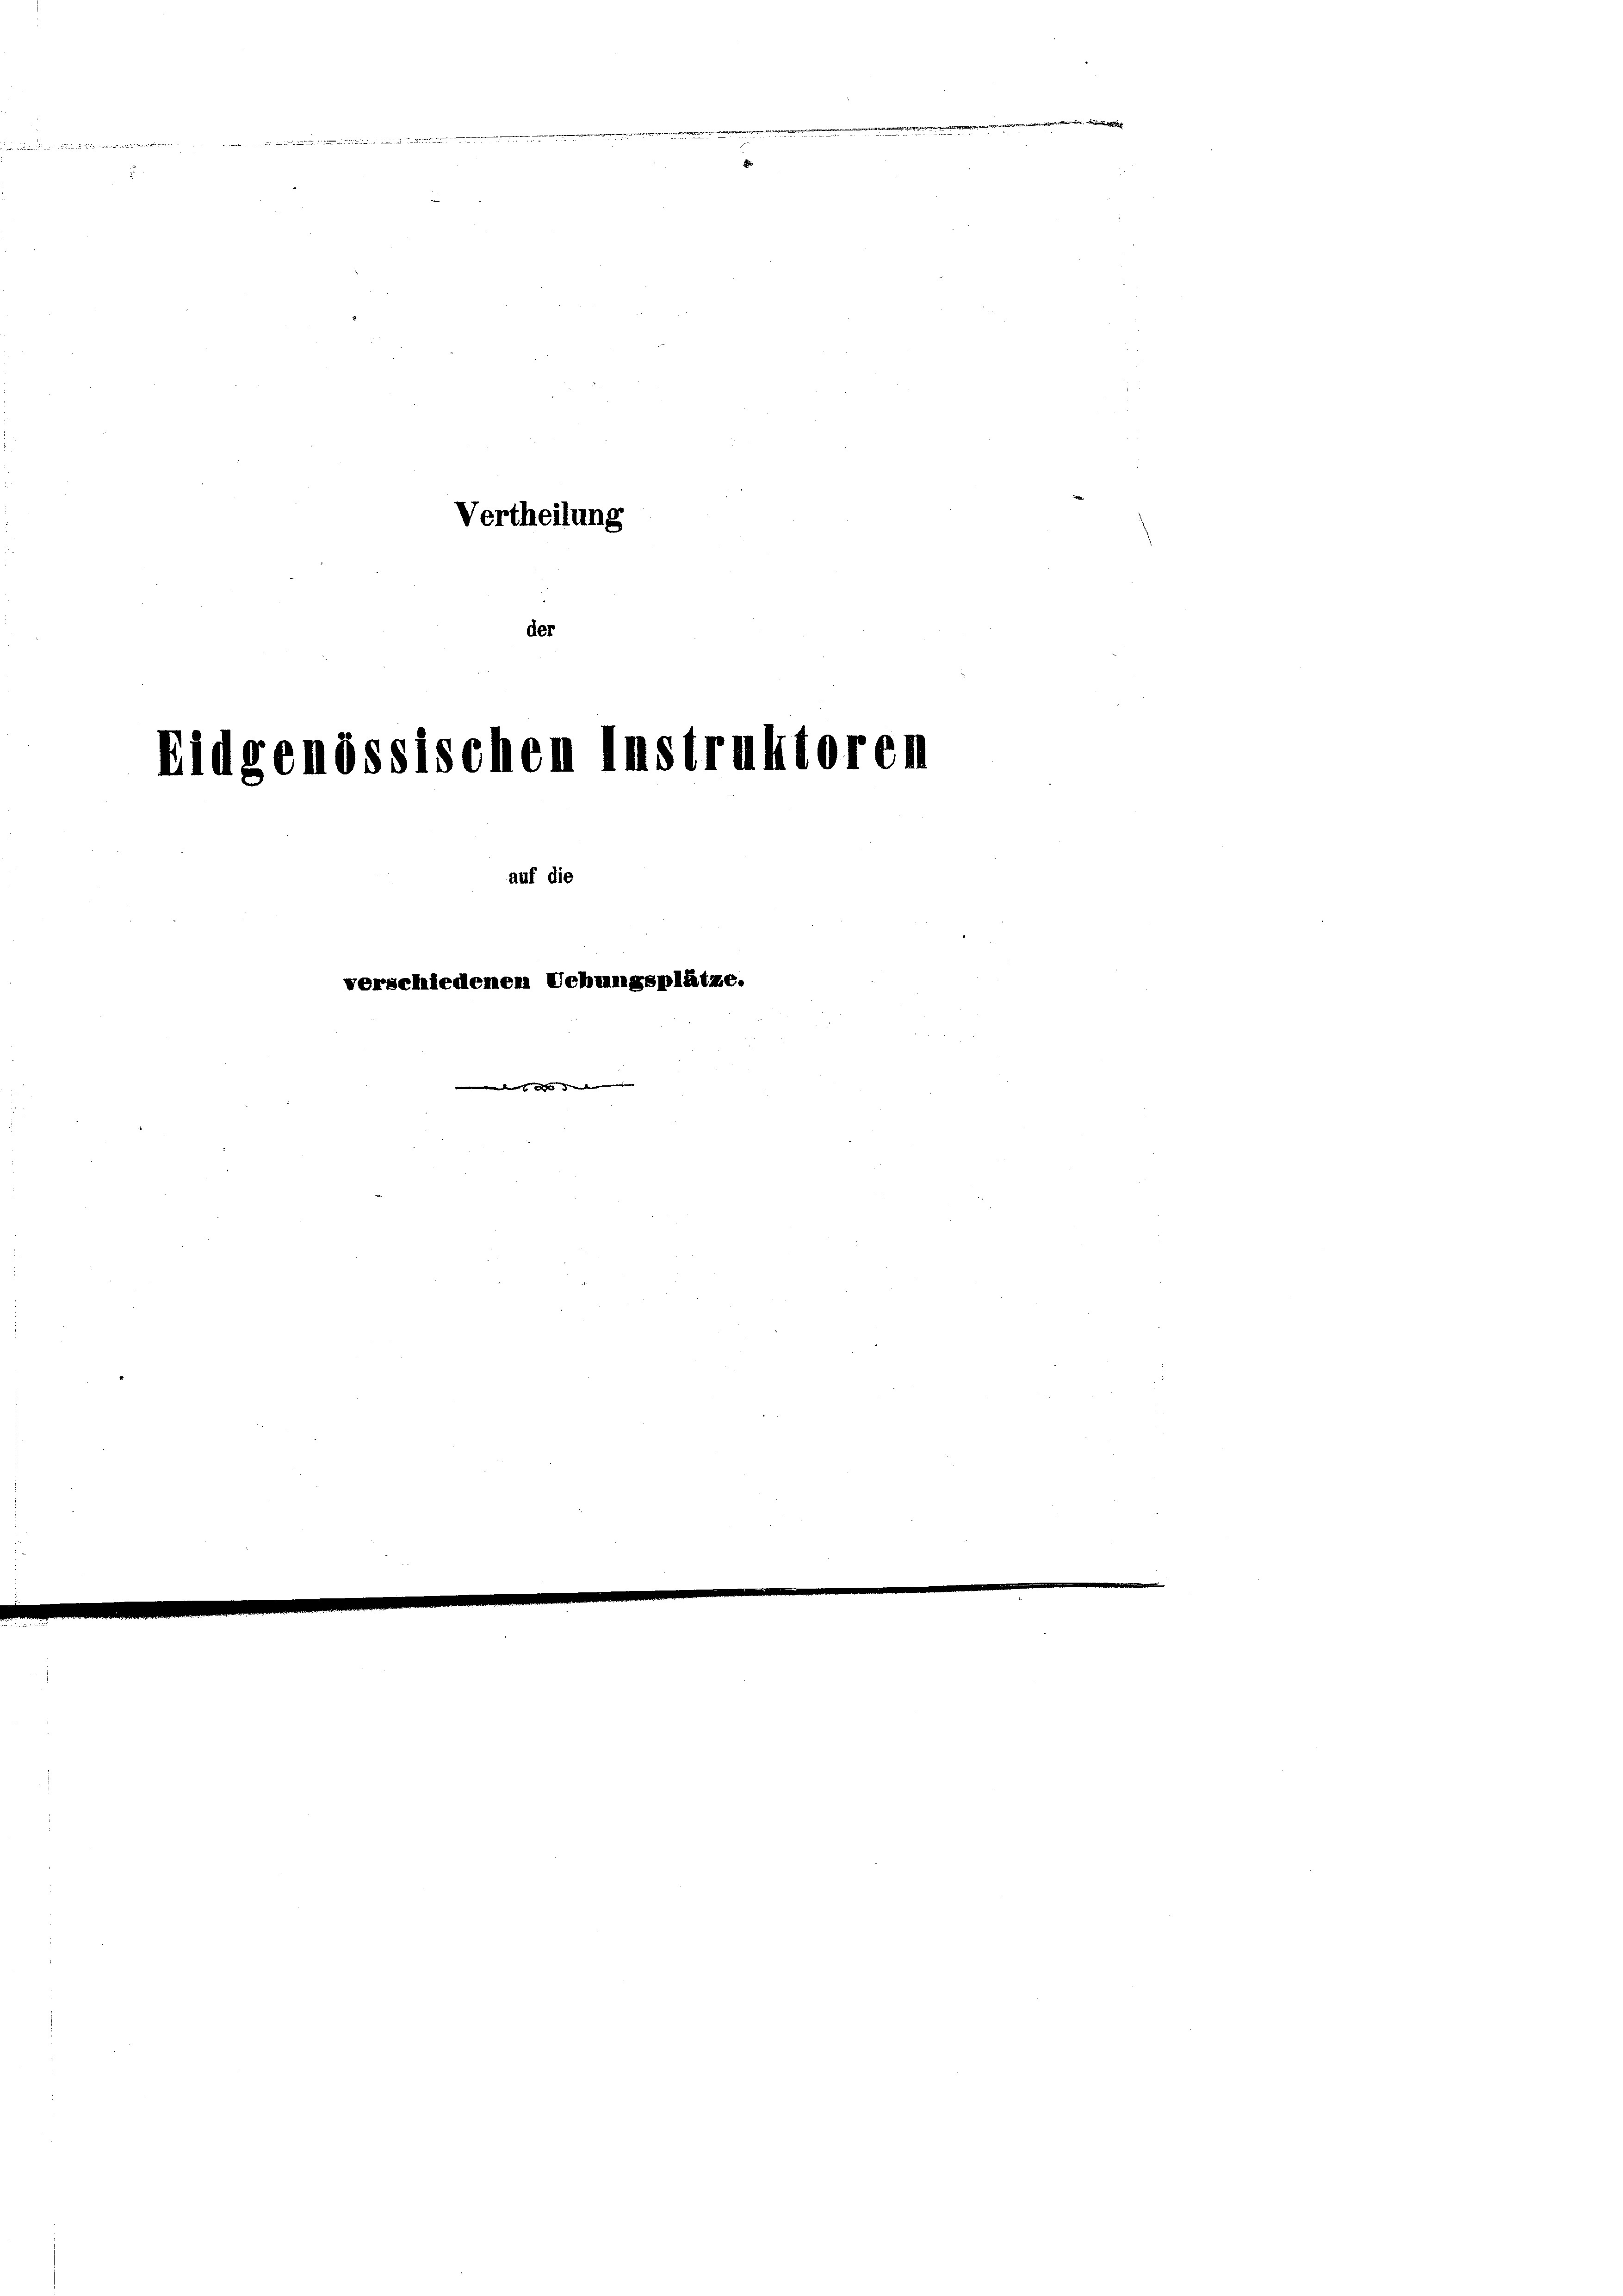
Eid

der

Vertheilung

verschiedenen Ueb

ssischen I

auf die

gegenden

81)

ktoren